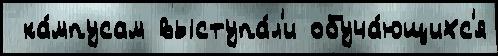
 ка́мпусам выступа́л'и обуча́ющихс'я